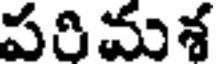
పరిమశ